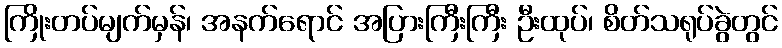
ကြိုးတပ်မျက်မှန်၊ အနက်ရောင် အပြားကြီးကြီး ဦးထုပ်၊ စိတ်သရုပ်ခွဲတွင်